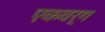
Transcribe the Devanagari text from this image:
एकवर्ग